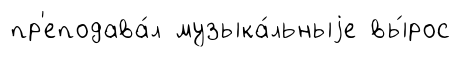
пр'еподава́л музыка́льныjе вы́рос